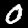
Label: 0